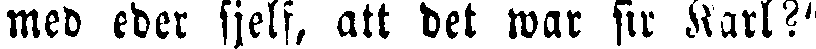
med eder sjelf, att det war sir Karl?"